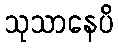
သုသာနေပိ